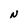
Character: N